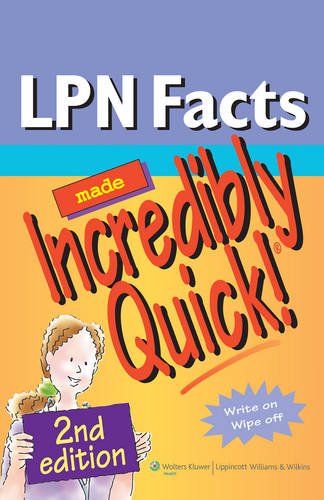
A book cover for LPN Facts Made Incredibly Quick! (Incredibly Easy! SeriesÂ®); Lippincott; Medical Books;